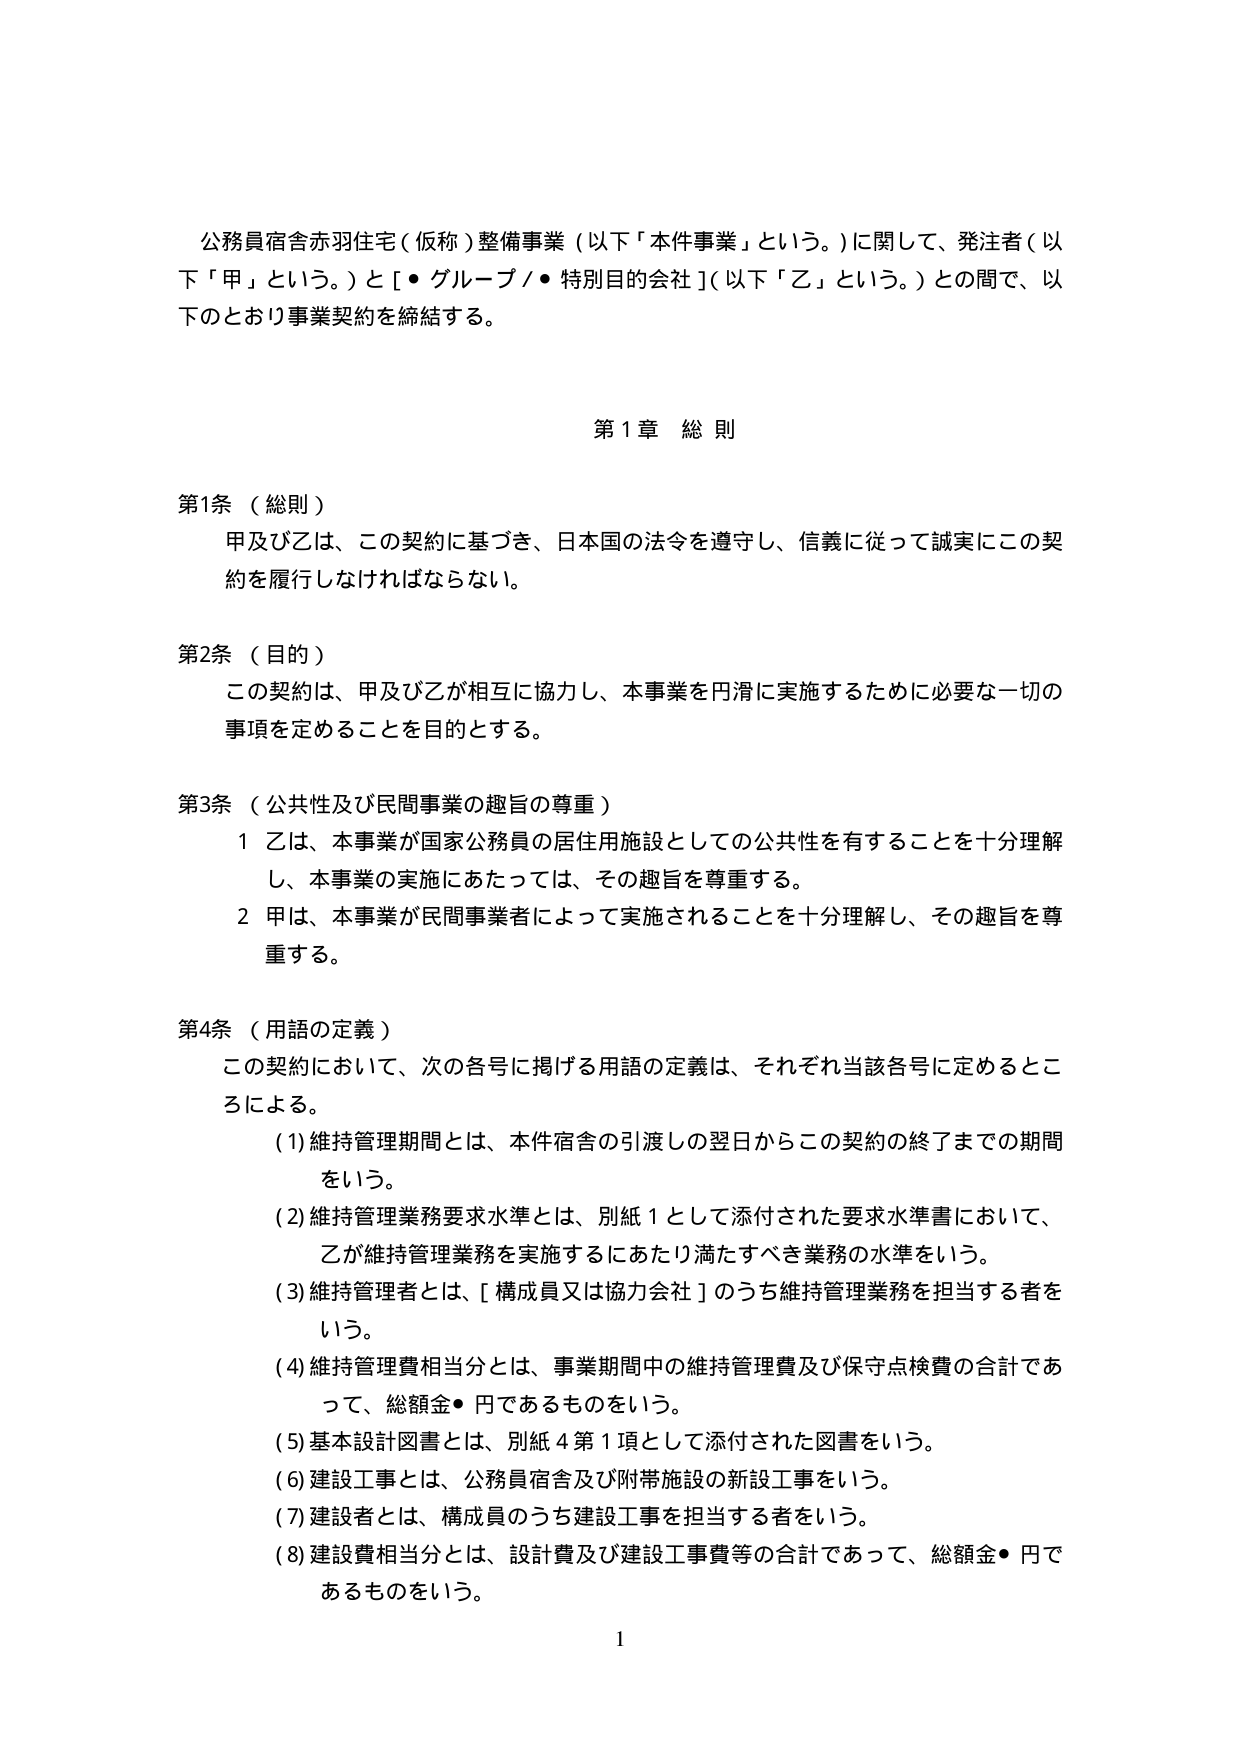
公務員宿舎赤羽住宅（仮称）整備事業（以下「本件事業」という。）に関して、発注者（以下「甲」という。）と［・グループ／・特別目的会社］（以下「乙」という。）との間で、以下のとおり事業契約を締結する。

第1章 総則

第1条（総則）
甲及び乙は、この契約に基づき、日本国の法令を遵守し、信義に従って誠実にこの契約を履行しなければならない。

第2条（目的）
この契約は、甲及び乙が相互に協力し、本事業を円滑に実施するために必要な一切の事項を定めることを目的とする。

第3条（公共性及び民間事業の趣旨の尊重）
1 乙は、本事業が国家公務員の居住用施設としての公共性を有することを十分理解し、本事業の実施にあたっては、その趣旨を尊重する。
2 甲は、本事業が民間事業者によって実施されることを十分理解し、その趣旨を尊重する。

第4条（用語の定義）
この契約において、次の各号に掲げる用語の定義は、それぞれ当該各号に定めるところによる。
(1) 維持管理期間とは、本件宿舎の引渡しの翌日からこの契約の終了までの期間をいう。
(2) 維持管理業務要求水準とは、別紙1として添付された要求水準書において、乙が維持管理業務を実施するにあたり満たすべき業務の水準をいう。
(3) 維持管理者とは、［構成員又は協力会社］のうち維持管理業務を担当する者をいう。
(4) 維持管理費相当分とは、事業期間中の維持管理費及び保守点検費の合計であって、総額金●円であるものをいう。
(5) 基本設計図書とは、別紙4第1項として添付された図書をいう。
(6) 建設工事とは、公務員宿舎及び附帯施設の新設工事をいう。
(7) 建設者とは、構成員のうち建設工事を担当する者をいう。
(8) 建設費相当分とは、設計費及び建設工事費等の合計であって、総額金●円であるものをいう。

1